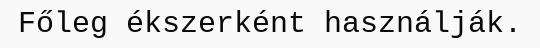
Főleg ékszerként használják.